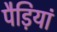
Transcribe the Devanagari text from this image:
पैड़ियां